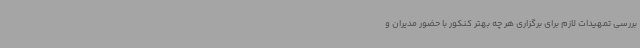
بررسی تمهیدات لازم برای برگزاری هر چه بهتر کنکور با حضور مدیران و